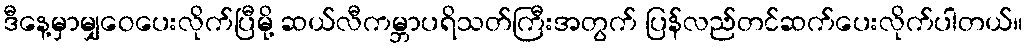
ဒီနေ့မှာမျှဝေပေးလိုက်ပြီမို့ ဆယ်လီကမ္ဘာပရိသတ်ကြီးအတွက် ပြန်လည်တင်ဆက်ပေးလိုက်ပါတယ်။